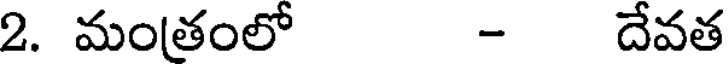
2. మంతంలో - దేవత